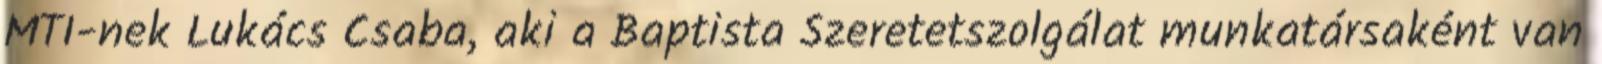
MTI-nek Lukács Csaba, aki a Baptista Szeretetszolgálat munkatársaként van